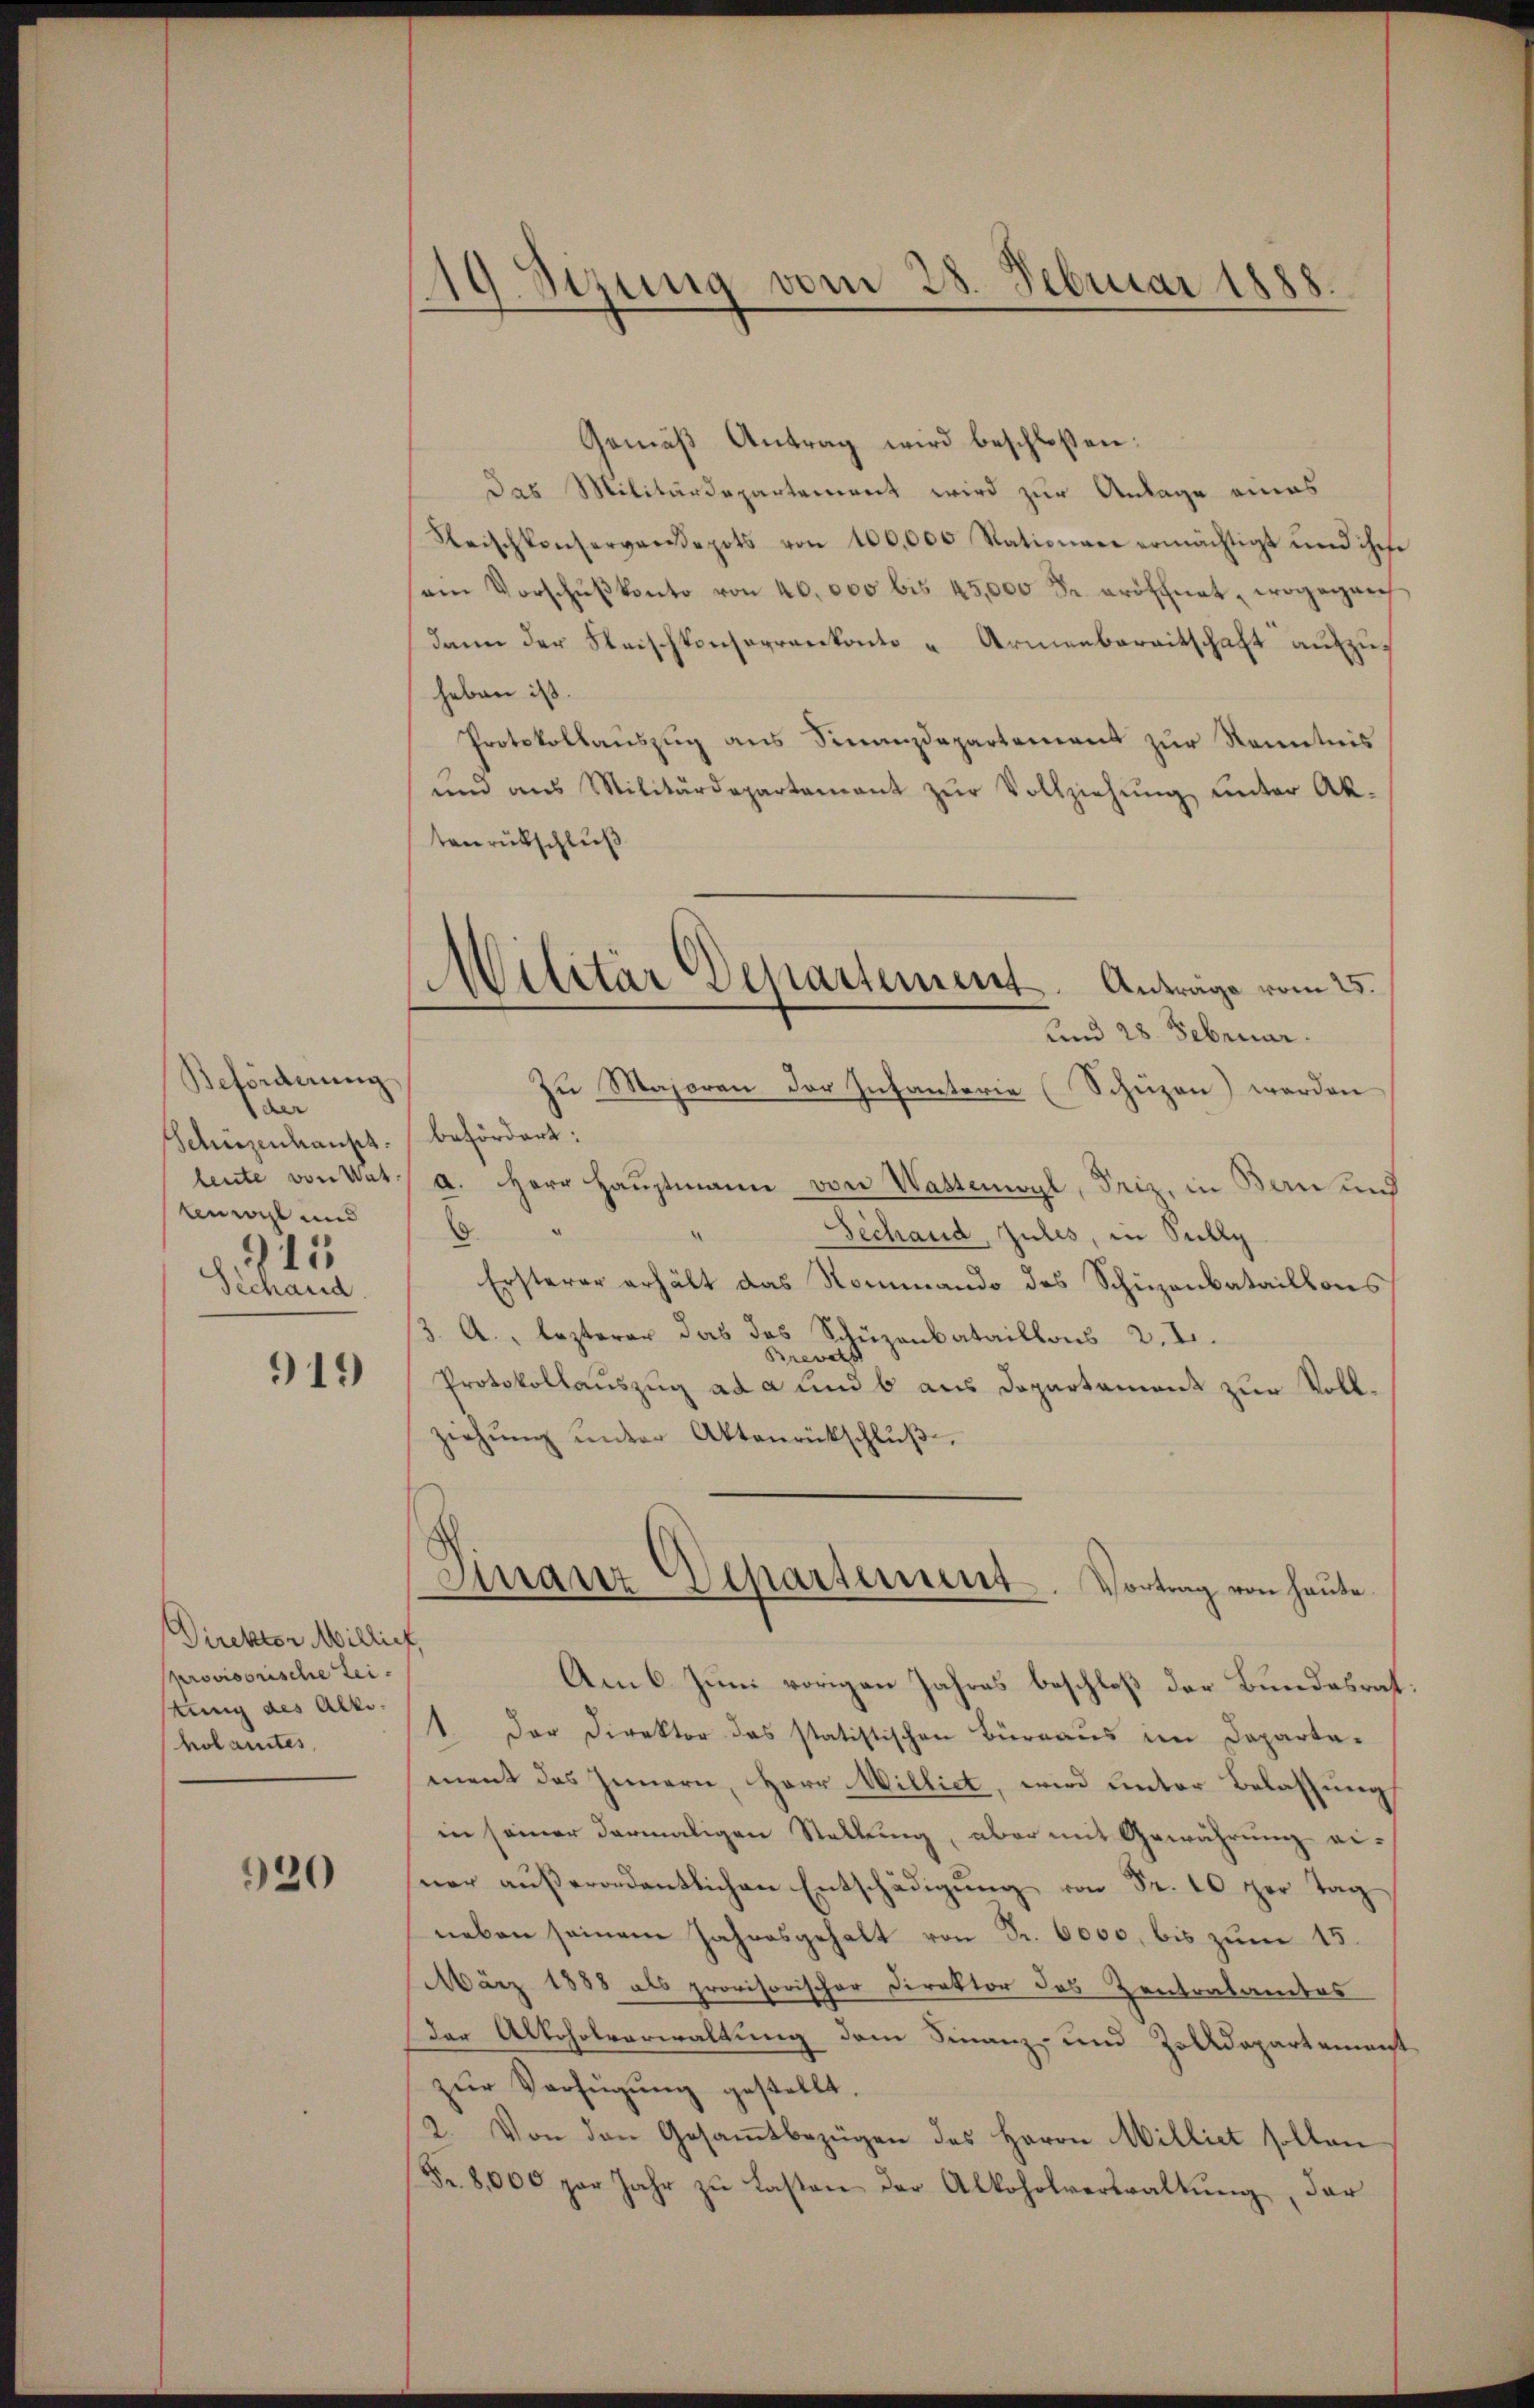
Beförderung
der
Schüzenhaupt.
leute von Vat
bemacht und
211
Séchand

919

Direktor Millief,
provisorische Leitung des Alte.
holamtes,

920

119 Sizung vom 28. Februar 1888.

Gemäß Antrag wird beschlossen:
Das Militärdepartement wird zur Anlage eines
Fleischkonservandepots von 100,000 Stationen ermächtigt und ihre
am Vorschŭβkonto von 40.000 bis 45,000 Fr. eröschnet, wogegan
dann der Reischkonserrenkonte - Armenbereitschaft auszuheben ist.
Protokollauszug aus Finanzdepartement zur Kenntnis
ŭnd aus Militärdepartement zŭr Vollziehŭng ŭnter Ak-
tenrütschluß
und 28. Februar.
Zu Majoren der Infanterie (Schüzen) werden
befördert:
a. Herr Haŭptmann von Wastenwyl, Friz, in Bern und
d.
Gechand, zules, in Sully
Ersterer erhält das Nommando des Schüzenbataillons
3. A., lezterer das das Schüzenbataillons 2. I.
Brevets
Protokollauszug ad a und 6 aus Departament zur Vollziehŭng ŭnter Aktenrückschlŭβ
Finanz Departement. Vortrag von heute
Am 6. Juni vorigen Jahres beschloß der Bundesrat
1. Der Direktor das statistischen Büreaus im Departa-
ment des Innern, Herr Williet, wird unter Belassung
in seiner darmaligen Stellung, aber mit Gewährung ei-
ner außerordentlichen Entschädigung von Fr. 10 per Tag
neben seinem Jahresgehalt von Fr. 6000, bis zum 15.
März 1888 als provisorischer Direktor des Zentralamtes
der Alkoholverwaltung dem Finanz- und Zolldepartemenst
zur Verfügung gestellt.
2. Von den Gesamtbezügen des Herrn Milliet sollen
Fr. 8000 par Jahr zu Lasten der Alkoholverwaltung, dar

Militär Departement. Anträge vom 25.